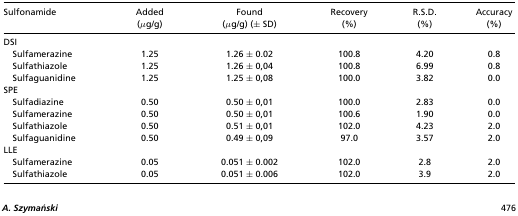
| Sulfonamide | Added (μg/g) | Found (μg/g) (± SD) | Recovery (%) | R.S.D. (%) | Accuracy (%) |
 | --- | --- | --- | --- | --- | --- |
 | <COLSPAN=6> DSI |
 | Sulfamerazine | 1.25 | 1.26 ± 0.02 | 100.8 | 4.20 | 0.8 |
 | Sulfathiazole | 1.25 | 1.26 ± 0,04 | 100.8 | 6.99 | 0.8 |
 | Sulfaguanidine | 1.25 | 1.25 ± 0,08 | 100.0 | 3.82 | 0.0 |
 | <COLSPAN=6> SPE |
 | Sulfadiazine | 0.50 | 0.50 ± 0,01 | 100.0 | 2.83 | 0.0 |
 | Sulfamerazine | 0.50 | 0.50 ± 0,01 | 100.6 | 1.90 | 0.0 |
 | Sulfathiazole | 0.50 | 0.51 ± 0,01 | 102.0 | 4.23 | 2.0 |
 | Sulfaguanidine | 0.50 | 0.49 ± 0,09 | 97.0 | 3.57 | 2.0 |
 | <COLSPAN=6> LLE |
 | Sulfamerazine | 0.05 | 0.051 ± 0.002 | 102.0 | 2.8 | 2.0 |
 | Sulfathiazole | 0.05 | 0.051 ± 0.006 | 102.0 | 3.9 | 2.0 |